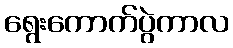
ရွေးကောက်ပွဲကာလ